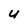
Character: u